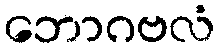
ဘောဂဗလံ